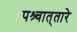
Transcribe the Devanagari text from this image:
पश्र्चात्‌तारे